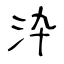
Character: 㳃